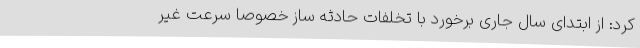
کرد: از ابتدای سال جاری برخورد با تخلفات حادثه ساز خصوصاً سرعت غیر